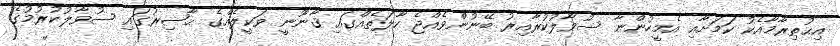
އިޙުތިރާމާއެކު ކަމަށާއި އެމީހުންނާ ސުވާލުކުރާއިރު ބޭނުންވެއްޖެ ހާލަތެއްގައި ޤާނޫނީ ވަކީލެއްގެ ޙާޟިރުގައި ސުވާލުކުރުމުގެ